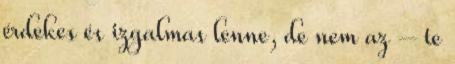
érdekes és izgalmas lenne, de nem az – te